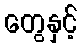
တွေနှင့်